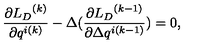
\frac { \partial { { L } _ { D } } ^ { ( k ) } } { \partial q ^ { i ( k ) } } - \Delta ( \frac { \partial { { L } _ { D } } ^ { ( k - 1 ) } } { \partial \Delta q ^ { i ( k - 1 ) } } ) = 0 ,